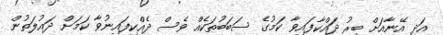
އަދި އޭނާއަށް ބިރު ދައްކާފައިވާ ކަމުގެ ސަބަބުތަކެއް ވެސް ދެއްކިފައިނުވާ ކަމަށް ދައުލަތުން